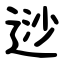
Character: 逤